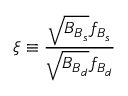
\xi \equiv { \frac { \sqrt { B _ { B _ { s } } } f _ { B _ { s } } } { \sqrt { B _ { B _ { d } } } f _ { B _ { d } } } }